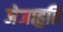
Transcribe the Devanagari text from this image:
जेजाहुति